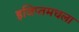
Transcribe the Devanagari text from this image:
इजिप्तमधला